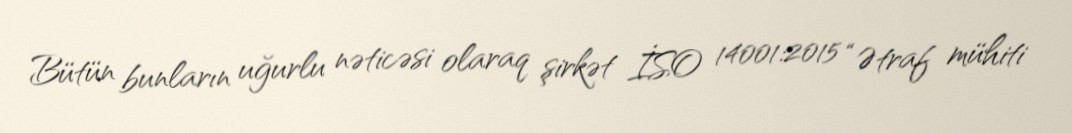
Bütün bunların uğurlu nəticəsi olaraq şirkət İSO 14001:2015 “Ətraf mühiti